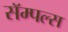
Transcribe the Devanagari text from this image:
सॅम्पल्स